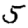
Digit: 5